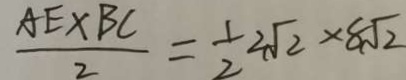
\frac { A E \times B C } { 2 } = \frac { 1 } { 2 } 2 \sqrt { 2 } \times 8 \sqrt { 2 }